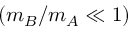
( m _ { B } / m _ { A } \ll 1 )